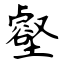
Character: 壑